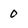
Character: 0